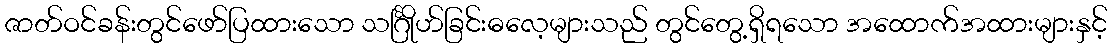
ဇာတ်ဝင်ခန်းတွင်ဖော်ပြထားသော သင်္ဂြိုဟ်ခြင်းဓလေ့များသည် တွင်တွေ့ရှိရသော အထောက်အထားများနှင့်